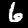
Digit: 6